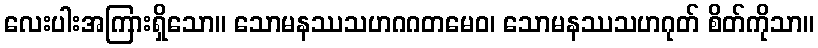
လေးပါးအကြားရှိသော။ သောမနဿသဟဂဂတမေဝ၊ သောမနဿသဟဂုတ် စိတ်ကိုသာ။